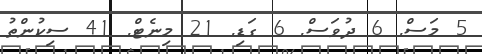
5 މަސް